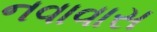
નવાવાસ